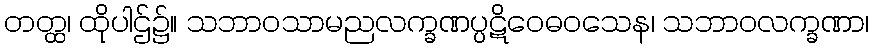
တတ္ထ၊ ထိုပါဌ်၌။ သဘာဝသာမညလက္ခဏပ္ပဋိဝေဓဝသေန၊ သဘာဝလက္ခဏာ၊